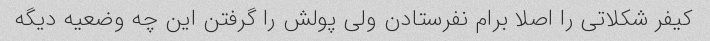
کیفر شکلاتی را اصلا برام نفرستادن ولی پولش را گرفتن این چه وضعیه دیگه